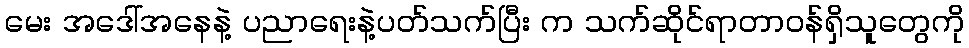
မေး အဒေါ်အနေနဲ့ ပညာရေးနဲ့ပတ်သက်ပြီး က သက်ဆိုင်ရာတာဝန်ရှိသူတွေကို